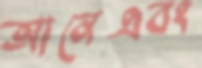
আনেএবং